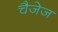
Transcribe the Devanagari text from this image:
चैजेज